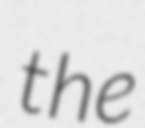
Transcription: the